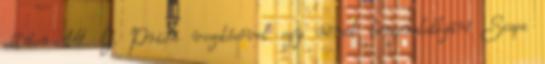
október 14. G. Prien vezetésével egy német tengeralattjáró Scapa